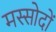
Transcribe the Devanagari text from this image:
मस्सोदों